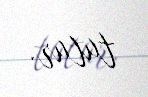
tutur.